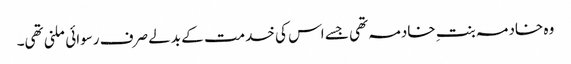
وہ خادمہ بنتِ خادمہ تھی جسے اس کی خدمت کے بدلے صرف رسوائی ملنی تھی۔